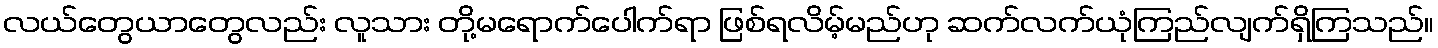
လယ်တွေယာတွေလည်း လူသား တို့မရောက်ပေါက်ရာ ဖြစ်ရလိမ့်မည်ဟု ဆက်လက်ယုံကြည်လျက်ရှိကြသည်။